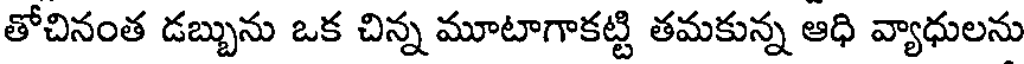
తోచినంత డబ్బును ఒక చిన్న మూటాగాకట్టి తమకున్న ఆధి వ్యాధులను